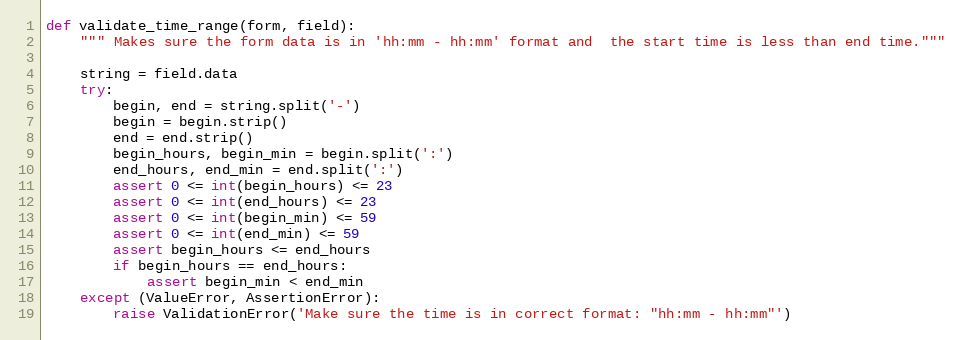
Language: Python
def validate_time_range(form, field):
    """ Makes sure the form data is in 'hh:mm - hh:mm' format and  the start time is less than end time."""

    string = field.data
    try:
        begin, end = string.split('-')
        begin = begin.strip()
        end = end.strip()
        begin_hours, begin_min = begin.split(':')
        end_hours, end_min = end.split(':')
        assert 0 <= int(begin_hours) <= 23
        assert 0 <= int(end_hours) <= 23
        assert 0 <= int(begin_min) <= 59
        assert 0 <= int(end_min) <= 59
        assert begin_hours <= end_hours
        if begin_hours == end_hours:
            assert begin_min < end_min
    except (ValueError, AssertionError):
        raise ValidationError('Make sure the time is in correct format: "hh:mm - hh:mm"')